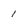
Character: 1